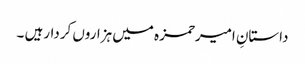
داستانِ امیرحمزہ میں ہزاروں کردارہیں ۔